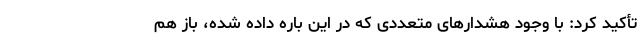
تأکید کرد: با وجود هشدارهای متعددی که در این باره داده شده، باز هم